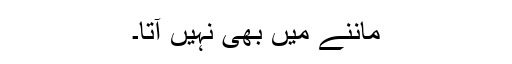
ماننے میں بھی نہیں آتا۔